Scottish Certificate of Education, 1963
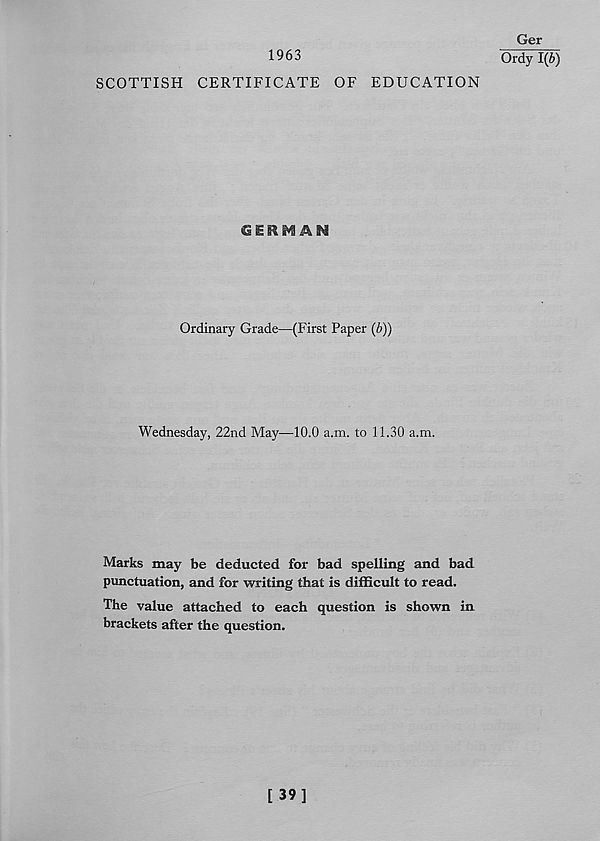
1963
SCOTTISH CERTIFICATE OF EDUCATION
€i i IR A IN
Ordinary Grade—(First Paper (b))
Wednesday, 22nd May—10.0 a.m. to 11.30 a.m.
Marks may be deducted for bad spelling and bad
punctuation, and for writing that is difficult to read.
The value attached to each question is shown in
brackets after the question.
Ger
Ordy 1(6)
[ 39]